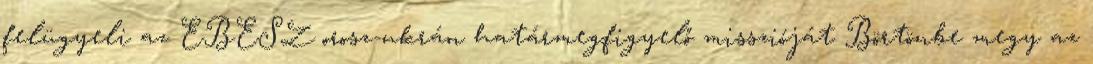
felügyeli az EBESZ orosz-ukrán határmegfigyelő misszióját Börtönbe megy az